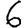
Digit: 6